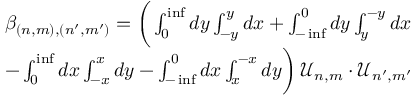
\begin{array} { r l } & { \beta _ { ( n , m ) , ( n ^ { \prime } , m ^ { \prime } ) } = \bigg ( \int _ { 0 } ^ { \operatorname* { i n f } } d y \int _ { - y } ^ { y } d x + \int _ { - \operatorname* { i n f } } ^ { 0 } d y \int _ { y } ^ { - y } d x } \\ & { - \int _ { 0 } ^ { \operatorname* { i n f } } d x \int _ { - x } ^ { x } d y - \int _ { - \operatorname* { i n f } } ^ { 0 } d x \int _ { x } ^ { - x } d y \bigg ) \, \mathcal { U } _ { n , m } \cdot \mathcal { U } _ { n ^ { \prime } , m ^ { \prime } } } \end{array}